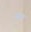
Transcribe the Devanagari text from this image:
उगार